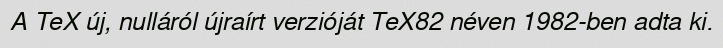
A TeX új, nulláról újraírt verzióját TeX82 néven 1982-ben adta ki.